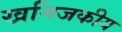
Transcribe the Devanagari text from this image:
खनिजकीय